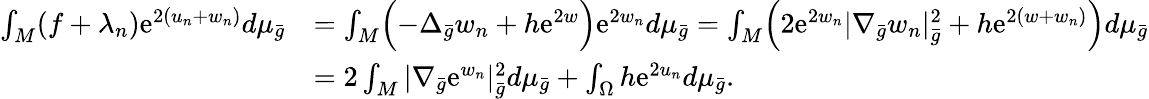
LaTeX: \begin{array}{rl}{\int_{M}(f+\lambda_{n})\mathrm{e}^{2(u_{n}+w_{n})}d\mu_{\bar{g}}}&{=\int_{M}\Bigl(-\Delta_{\bar{g}}w_{n}+h\mathrm{e}^{2w}\Bigr)\mathrm{e}^{2w_{n}}d\mu_{\bar{g}}=\int_{M}\Bigl(2\mathrm{e}^{2w_{n}}|\nabla_{\bar{g}}w_{n}|_{\bar{g}}^{2}+h\mathrm{e}^{2(w+w_{n})}\Bigr)d\mu_{\bar{g}}}\\ &{=2\int_{M}|\nabla_{\bar{g}}\mathrm{e}^{w_{n}}|_{\bar{g}}^{2}d\mu_{\bar{g}}+\int_{\Omega}h\mathrm{e}^{2u_{n}}d\mu_{\bar{g}}.}\end{array}